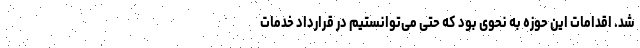
شد. اقدامات این حوزه به نحوی بود که حتی می‌توانستیم در قرارداد خدمات